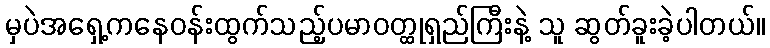
မှပဲအရှေ့ကနေဝန်းထွက်သည့်ပမာဝတ္ထုရှည်ကြီးနဲ့ သူ ဆွတ်ခူးခဲ့ပါတယ်။